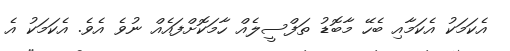
އެކަމަކު އެކަމާއި ބެހޭ މާބޮޑު ތަފްސީލެއް ހާމަކޮށްފައެއް ނުވެ އެވެ. އެކަމަކު އެ